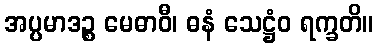
အပ္ပမာဒဉ္စ မေဓာဝီ၊ ဓနံ သေဋ္ဌံဝ ရက္ခတိ။